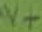
Text: V+